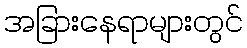
အခြားနေရာများတွင်